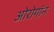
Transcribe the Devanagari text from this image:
ओरोगॉन